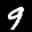
Label: 9